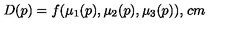
D ( p ) = f ( \mu _ { 1 } ( p ) , \mu _ { 2 } ( p ) , \mu _ { 3 } ( p ) ) , \hspace { 1 c m }